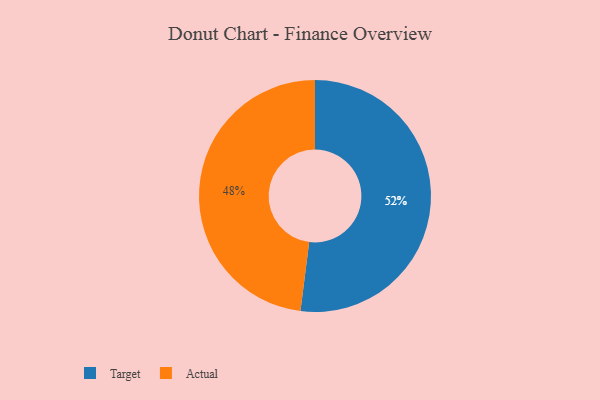
{"axis": {"x": "Category", "y": "Percentage"}, "legend": ["Actual", "Target"], "data": [{"x": "Actual", "y": 48, "type": "Actual"}, {"x": "Target", "y": 52, "type": "Target"}]}